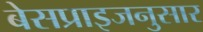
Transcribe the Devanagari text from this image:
बेसप्राइजनुसार